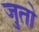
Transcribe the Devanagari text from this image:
जुतो